Vaccination Hyderabad 1890-1903 - 1890-1903
Year: 1890
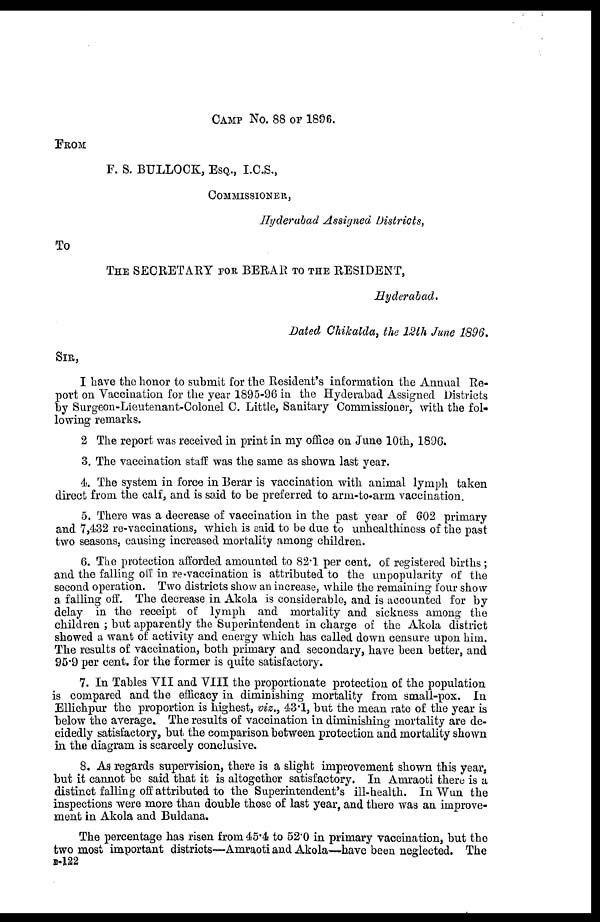
CAMP No. 88 OF 1896.
FROM
F. S. BULLOCK, ESQ., I.C.S.,
COMMISSIONER,
Hyderabad Assigned Districts,
To
THE SECRETARY FOR BERAR TO THE RESIDENT,
Hyderabad.
Dated Chikalda, the 12th June 1896.
SIR,
I have the honor to submit for the Resident's information the Annual Re-
port on Vaccination for the year 1895-96 in the Hyderabad Assigned Districts
by Surgeon-Lieutenant-Colonel C. Little, Sanitary Commissioner, with the fol-
lowing remarks.
2 The report was received in print in my office on June 10th, 1896.
3. The vaccination staff was the same as shown last year.
4. The system in force in Berar is vaccination with animal lymph taken
direct from the calf, and is said to be preferred to arm-to-arm vaccination.
5. There was a decrease of vaccination in the past year of 602 primary
and 7,432 re-vaccinations, which is said to be due to unhealthiness of the past
two seasons, causing increased mortality among children.
6. The protection afforded amounted to 82.1 per cent. of registered births;
and the falling off in re-vaccination is attributed to the unpopularity of the
second operation. Two districts show an increase, while the remaining four show
a falling off. The decrease in Akola is considerable, and is accounted for by
delay in the receipt of lymph and mortality and sickness among the
children ; but apparently the Superintendent in charge of the Akola district
showed a want of activity and energy which has called down censure upon him.
The results of vaccination, both primary and secondary, have been better, and
95.9 per cent. for the former is quite satisfactory.
7. In Tables VII and VIII the proportionate protection of the population
is compared and the efficacy in diminishing mortality from small-pox. In
Ellichpur the proportion is highest, viz., 43.1, but the mean rate of the year is
below the average. The results of vaccination in diminishing mortality are de-
cidedly satisfactory, but the comparison between protection and mortality shown
in the diagram is scarcely conclusive.
8. As regards supervision, there is a slight improvement shown this year,
but it cannot be said that it is altogether satisfactory. In Amraoti there is a
distinct falling off attributed to the Superintendent's ill-health. In Wun the
inspections were more than double those of last year, and there was an improve-
ment in Akola and Buldana.
The percentage has risen from 45.4 to 52.0 in primary vaccination, but the
two most important districts—Amraoti and Akola—have been neglected. The
B-122